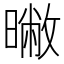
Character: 𣊶